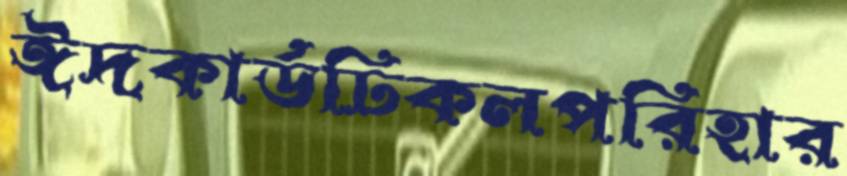
ঈদকার্ডঢিকলপরিহার